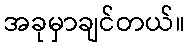
အခုမှာချင်တယ်။